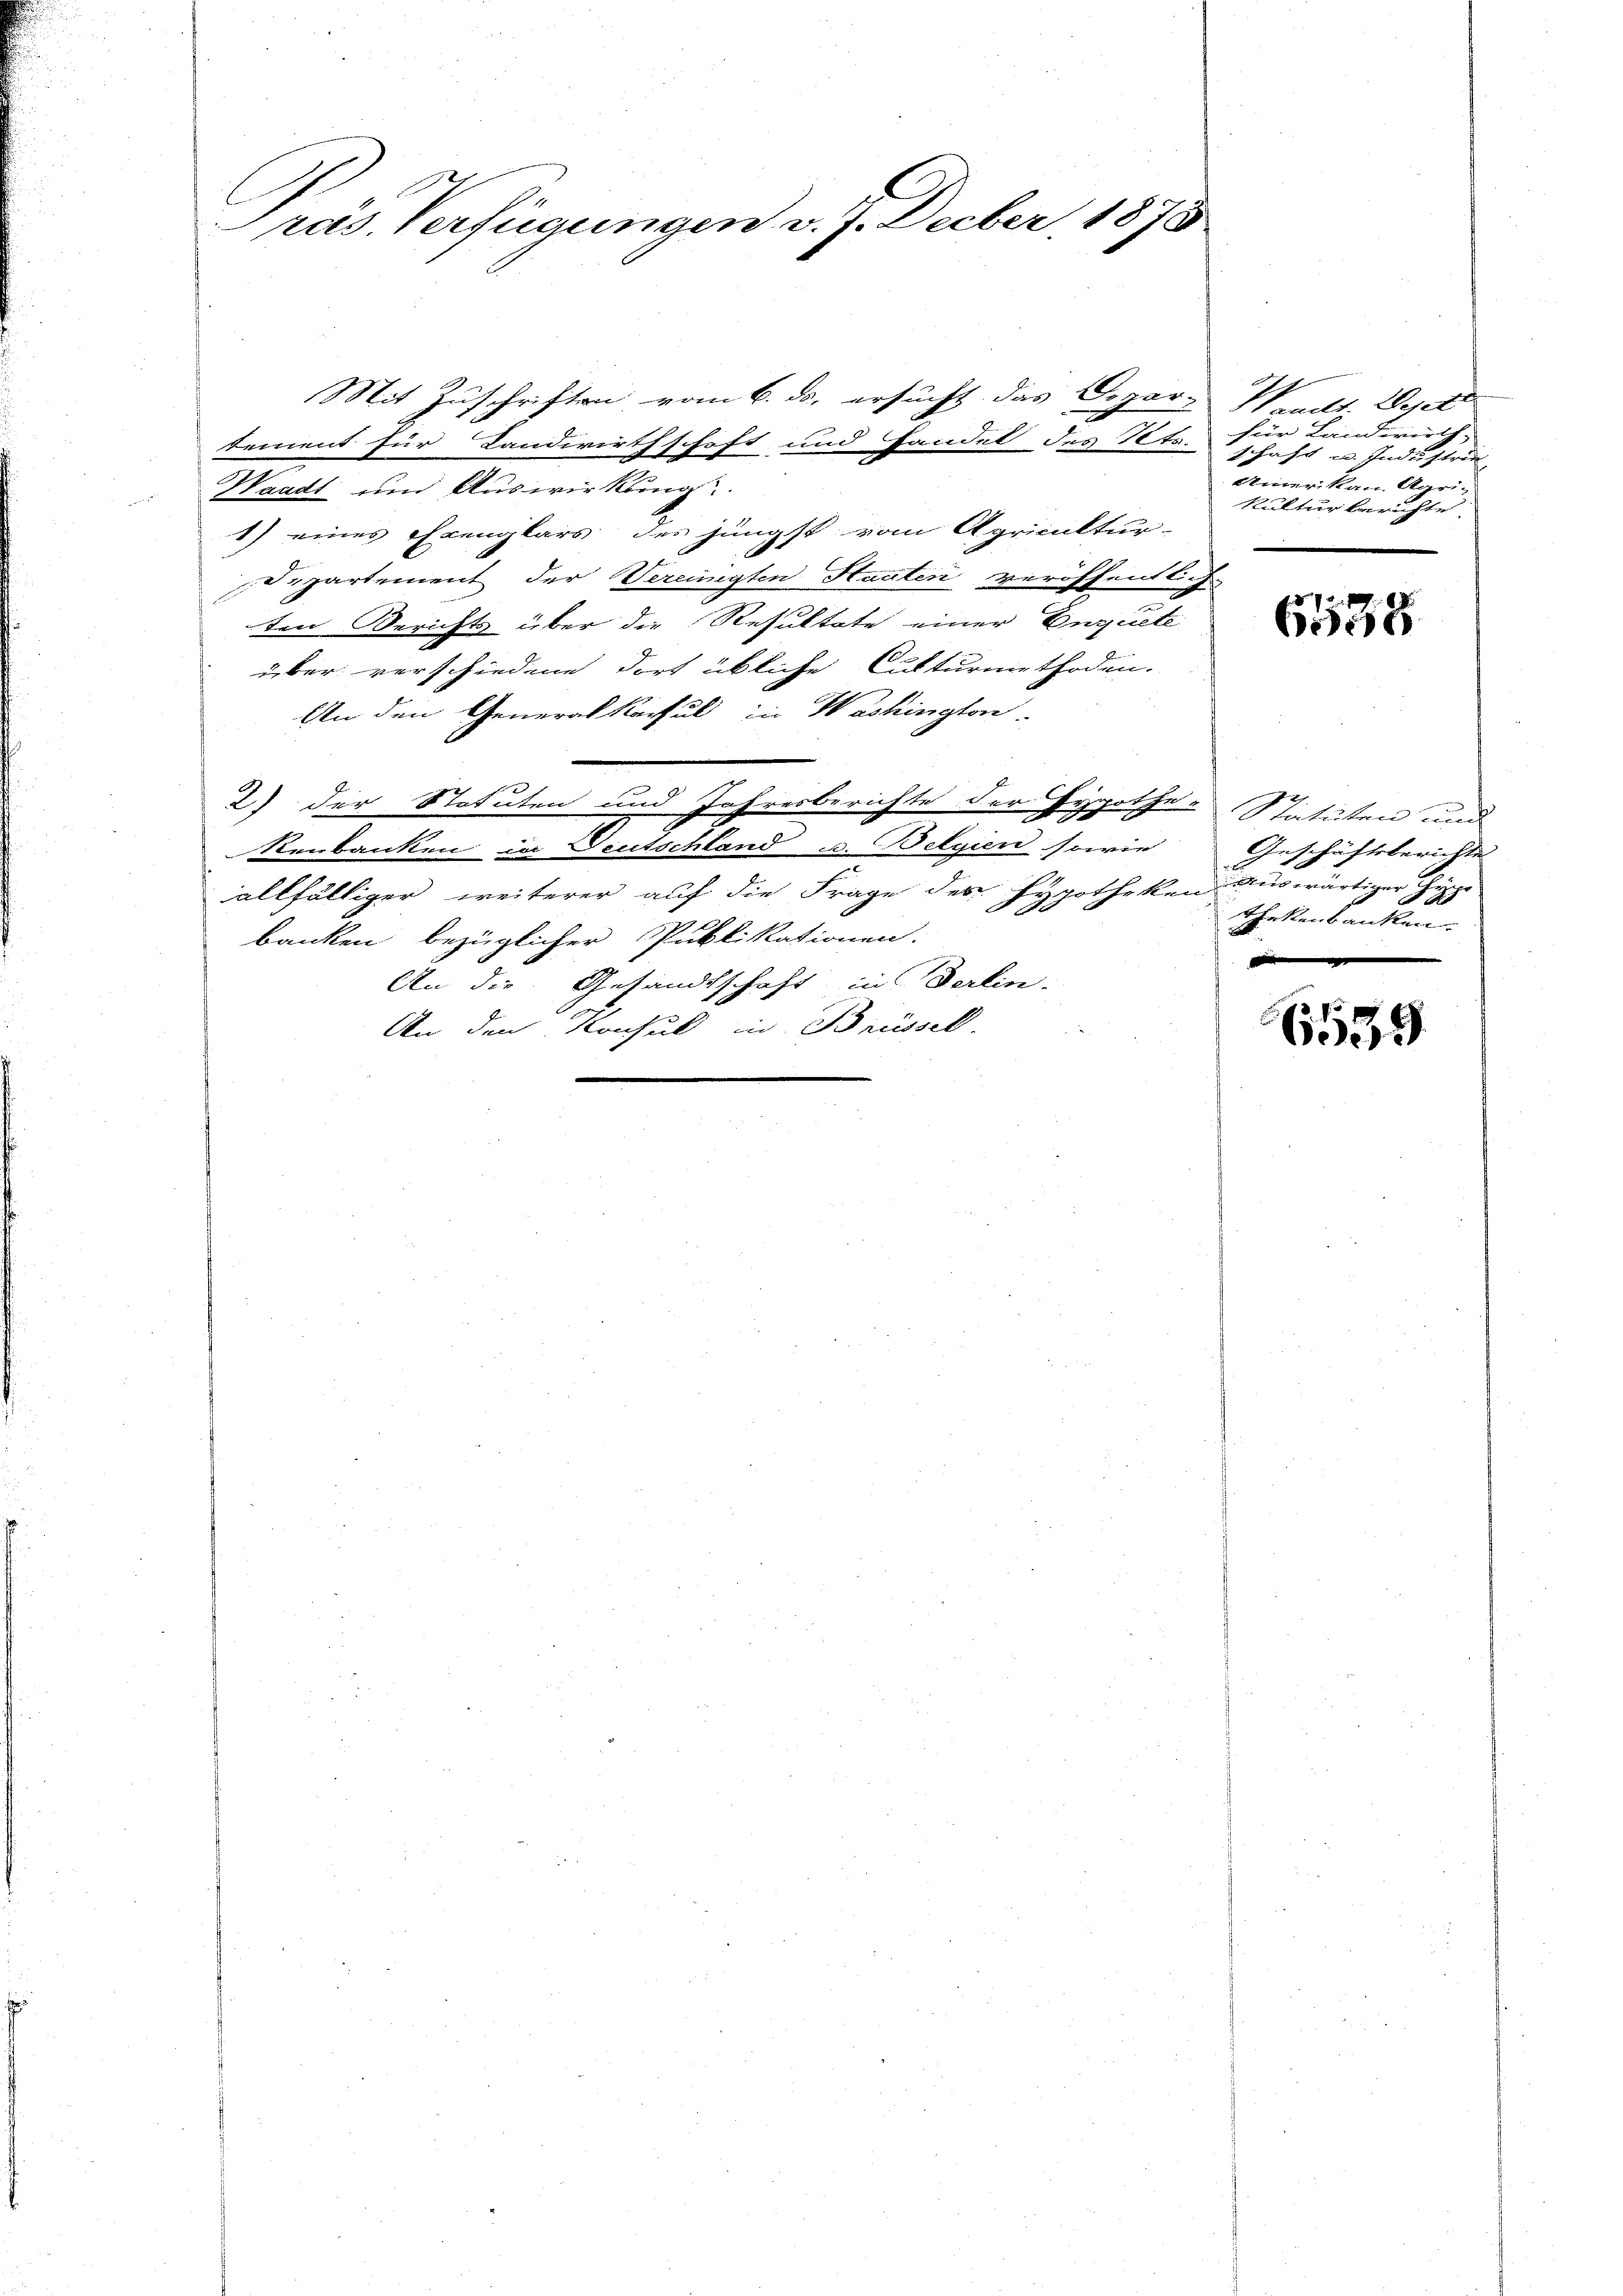
räs. Verfügungen v. J. Decber, 1875

Mit Zuschriften vom 6. ds. ersucht das Depar-
tement für Landwirthschaft und Handel des Tets.
 Waadt und Auswirkung
1) eines Exemplars des jüngst vom Apricultur-
Departement der Vereinigten Stauten veröffentlich
ten Berichts über die Resultate einer Enguete
über verschiedene dort übliche Culturmethoden.
An den Generalkonsul in Washington-
2) der Statuten und Jahresberichte der Hypothe- Statuten und
Renbanken in Deutschland u. Belgien sowie
allfälliger weiterer auf die Frage des Hypotheken auswärtiger Guppe
banken bezüglicher Publikationen:
An die Gesandtschaft in Berlin-
An den Konsul in Brüssel.

Vanelt. Wesell
für Landwirth-
schaft u. Industrie,
Amerikan Agri-
kultur berichte.

6538

Geschäftsberichte.
thekenbanken.

6535